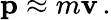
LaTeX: \mathbf{p}\approx m\mathbf{v}\, .